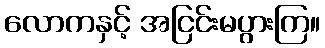
လောကနှင့် အငြင်းမပွားကြ။